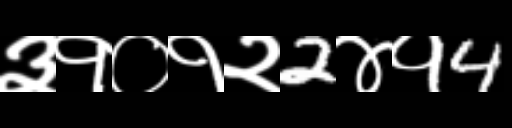
Text: ३१०१२2४१4